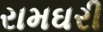
રામઘરી